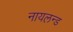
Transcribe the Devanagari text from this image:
नायलन्ड